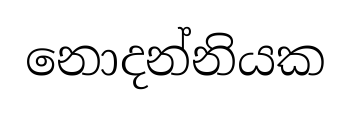
නොදන්නියක